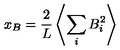
x _ { B } = \frac { 2 } { L } \left\langle \sum _ { i } B _ { i } ^ { 2 } \right\rangle